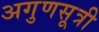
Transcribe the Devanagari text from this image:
अगुणसूत्री